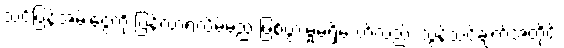
သင့်ပြန်အမ်းငွေကို ပြန်လာရလိမ့်မည် ဖြစ်ပွားမှုမရှိသော်လည်း သွန်သင်ချက်အတိုင်း